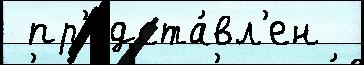
 пр'едста́вл'ен